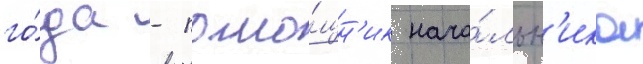
го́да - помо́щн'ик нача́льн'ика